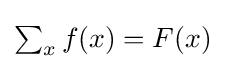
{\textstyle \sum _{x}f(x)=F(x)}